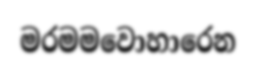
මරමමවොහාරෙන